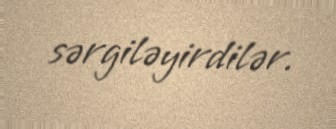
sərgiləyirdilər.